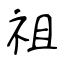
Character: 祖